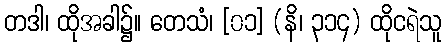
တဒါ၊ ထိုအခါ၌။ တေသံ၊ [၀၁] (နိ၊ ၃၁၄) ထိုငရဲသူ